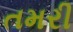
તમરી